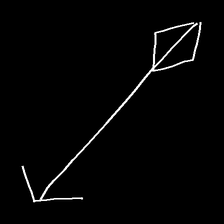
Glyph: focus